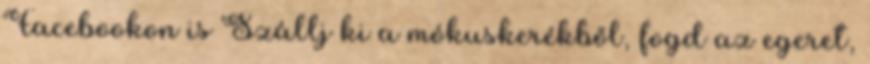
Facebookon is Szállj ki a mókuskerékből, fogd az egeret,